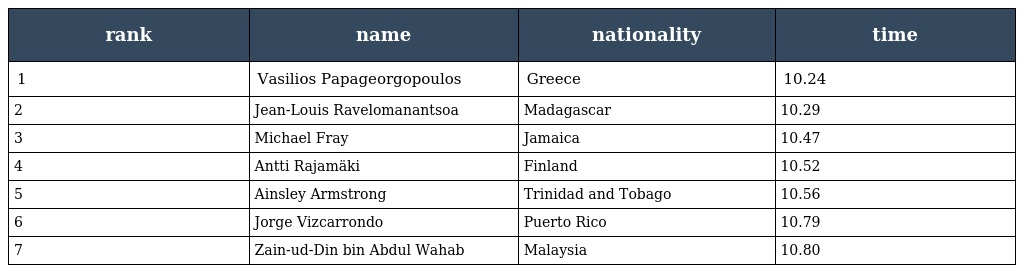
| rank | name | nationality | time |
 | --- | --- | --- | --- |
 | 1 | Vasilios Papageorgopoulos | Greece | 10.24 |
 | 2 | Jean-Louis Ravelomanantsoa | Madagascar | 10.29 |
 | 3 | Michael Fray | Jamaica | 10.47 |
 | 4 | Antti Rajamäki | Finland | 10.52 |
 | 5 | Ainsley Armstrong | Trinidad and Tobago | 10.56 |
 | 6 | Jorge Vizcarrondo | Puerto Rico | 10.79 |
 | 7 | Zain-ud-Din bin Abdul Wahab | Malaysia | 10.80 |